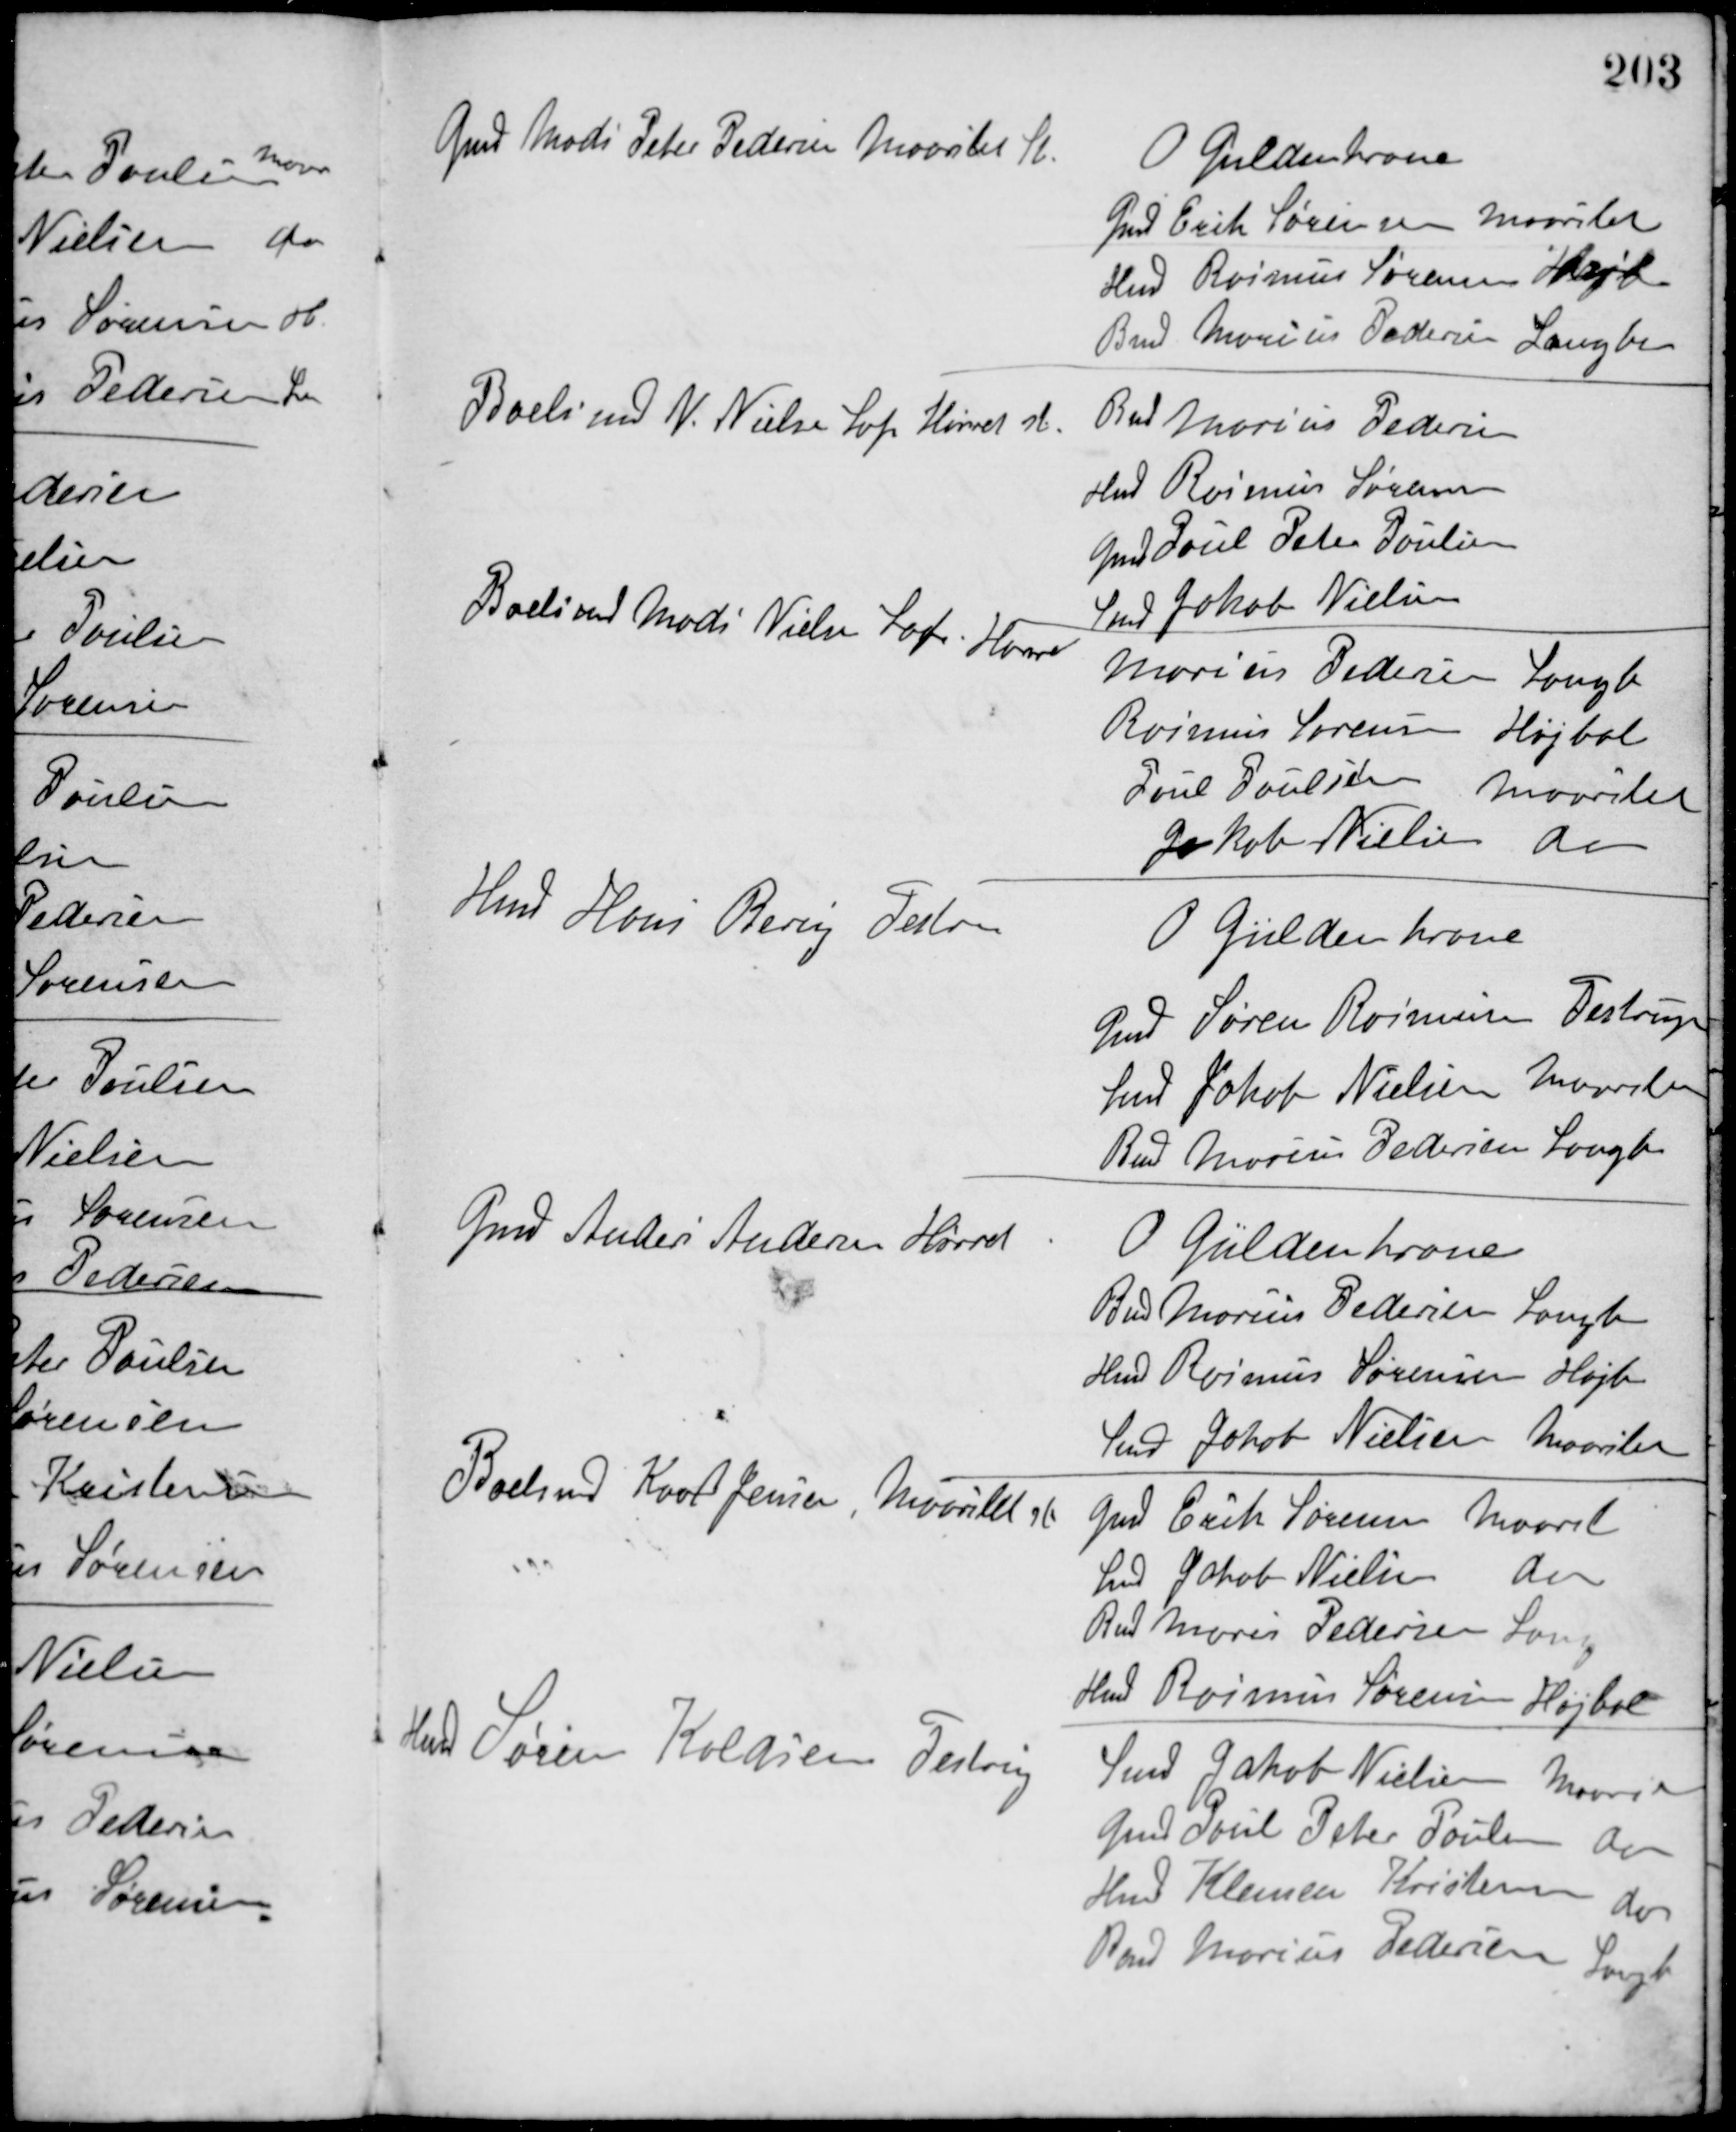
Transskription:
Gmd Mads Peter Pedersen, Maarslet St
O. Guldenkrone
Gmd. Erik Sørensen, Maarslet
Hmd. Rasmus Sørensen, Højb.
Bmd. Marius Pedersen, Langballe
Boelsmd N. Nielsen Sof, Hørret st.
Bmd Marius Pedersen
Hmd.Rasmus Sørensen
Gmd Poul Peter Poulsen
Smed Jakob Nielsen
Boelsmd. Mads Nielsen Sof Hørret
Marius Pedersen, Langb
Rasmus Sørensen, Højbal
Poul Poulsen, Maarslet
Jakob Nielsen, do
Hmd Hans Bering, Testru
O. Güldenkrone
Gmd Søren Rasmussen, Testrup
Smed Jakob Nielsen, Maarslet
Bmd Marius Pedersen, Langb
Gmd Anders Andersen, Hørret
O. Güldenkrone
Bmd Marius Pedersen, Langb.
Hmd Rasmus Sørensen, Højb.
Smed Jakob Nielsen, Maarslet
Boelsmd Karl Jensen, Maarslet ste
Gmd Erik Sørensen, Maarslet
Smed Jakob Nielsen, do
Bmd Marius Pedersen, Lang
Hmd Rasmus Sørensen, Højbal
Hmd Søren Koldsen, Testrup
Smed Jakob Nielsen, Maarslet
Gmd Poul Peter Poulsen, do
Hmd Klemen Kristensen, do
Bmd Marius Pedersen, Langb